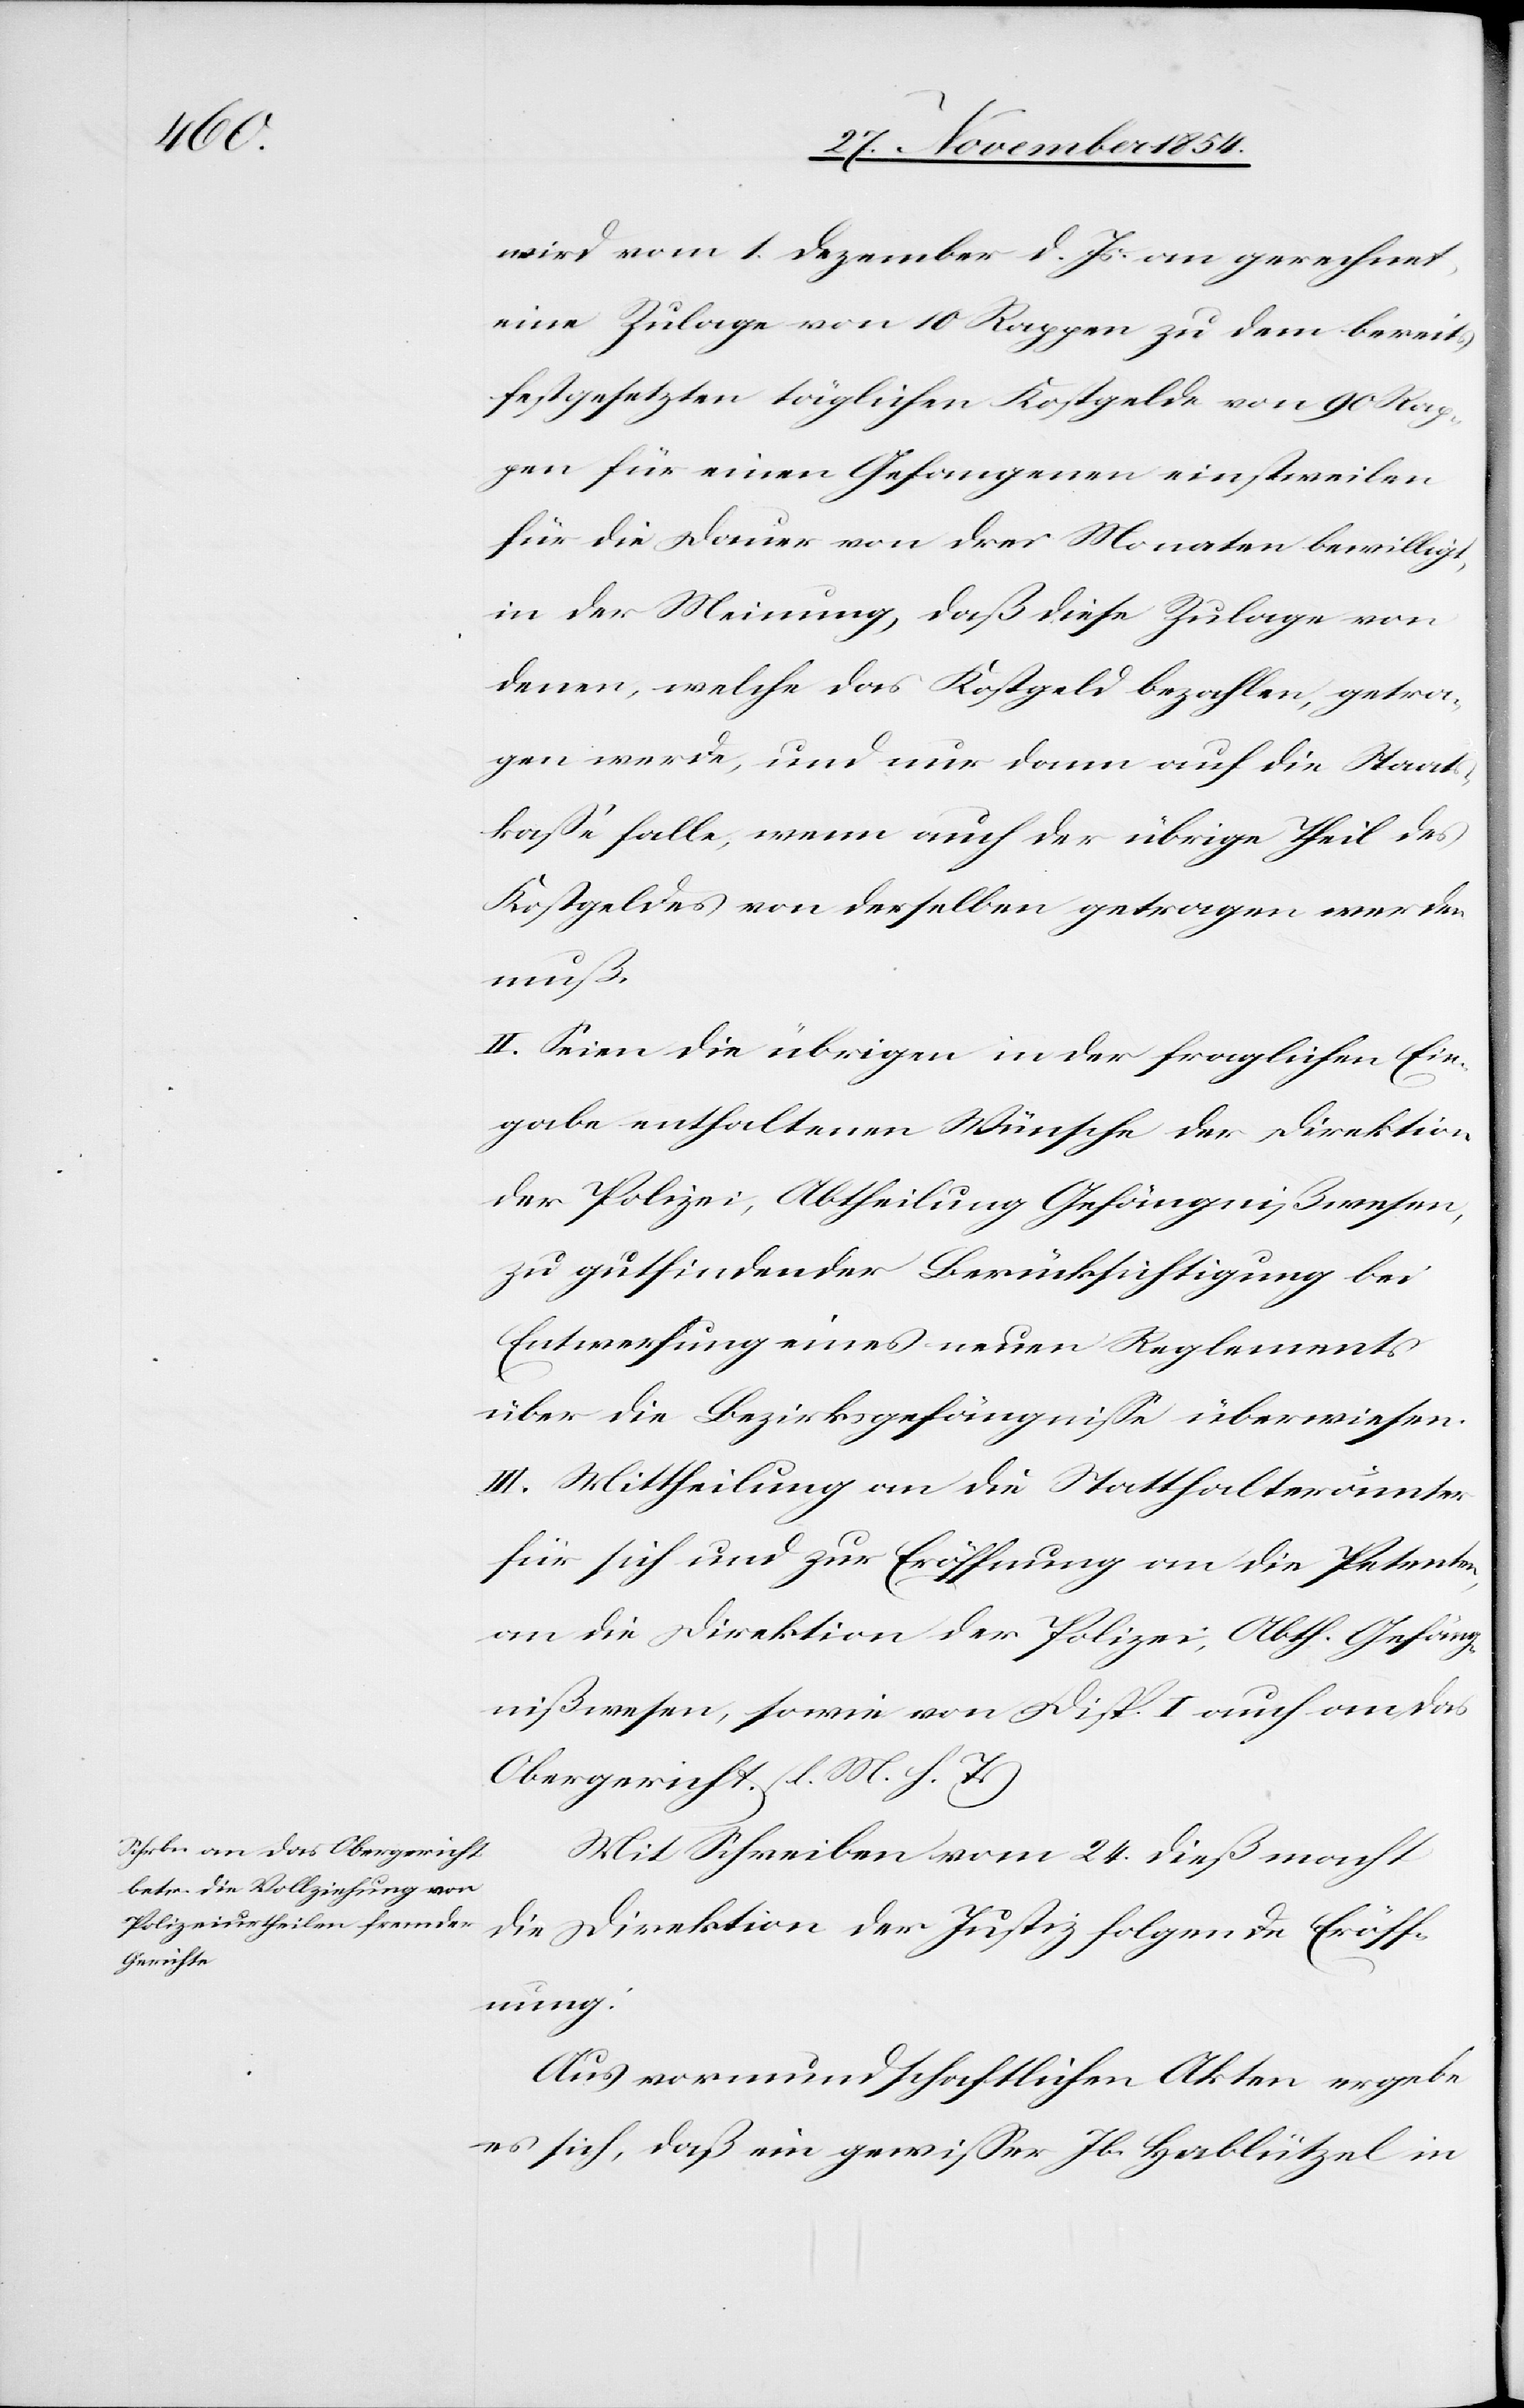
wird vom 1. Dezember d. Js. an gerechnet,
eine Zulage von 10 Rappen zu dem bereits
festgesetzten täglichen Kostgelde von 90 Rap¬
pen für einen Gefangenen einstweilen
für die Dauer von drei Monaten bewilligt,
in der Meinung, daß diese Zulage von
denen, welche das Kostgeld bezahlen, getra¬
gen werde, und nur dann auf die Staats¬
kaße falle, wenn auch der übrige Theil des
Kostgeldes von derselben getragen werden
muß.
II. Seien die übrigen in der fraglichen Ein¬
gabe enthaltenen Wünsche der Direktion
der Polizei, Abtheilung Gefängnißwesen,
zu gutfindender Berücksichtigung bei
Entwerfung eines neuen Reglements
über die Bezirksgefängniße überwiesen.
III. Mittheilung an die Statthalterämter
für sich und zur Eröffnung an die Petenten,
an die Direktion der Polizei, Abth. Gefäng¬
nißwesen, sowie von Disp. I auch an das
Obergericht. (l. M. h. T.)
Mit Schreiben vom 24. dieß macht
die Direktion der Justiz folgende Eröff¬
nung:
Aus vormundschaftlichen Akten ergebe
es sich, daß ein gewißer Jb. Hablützel in